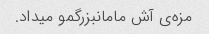
مزه‌ی آش مامانبزرگمو میداد.